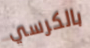
بالكرسي